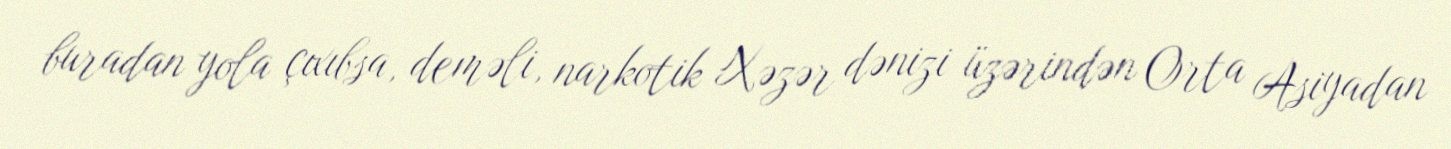
buradan yola çıxıbsa, deməli, narkotik Xəzər dənizi üzərindən Orta Asiyadan